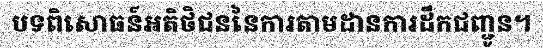
បទពិសោធន៍អតិថិជននៃការតាមដានការដឹកជញ្ជូន។